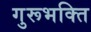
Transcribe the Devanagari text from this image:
गुरूभक्ति